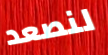
لنصعد